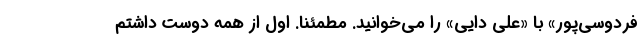
فردوسی‌پور» با «علی دایی» را می‌خوانید. مطمئنا. اول از همه دوست داشتم